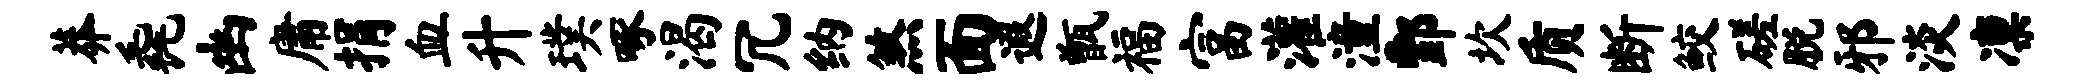
莽毳幽庸捐血升璞啄渴冗纳煞面遐甑福富灌潼酆坎质断鲛磋脱邪淡凛